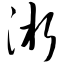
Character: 淅